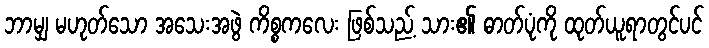
ဘာမျှ မဟုတ်သော အသေးအဖွဲ ကိစ္စကလေး ဖြစ်သည့် သား၏ ဓာတ်ပုံကို ထုတ်ယူရာတွင်ပင်